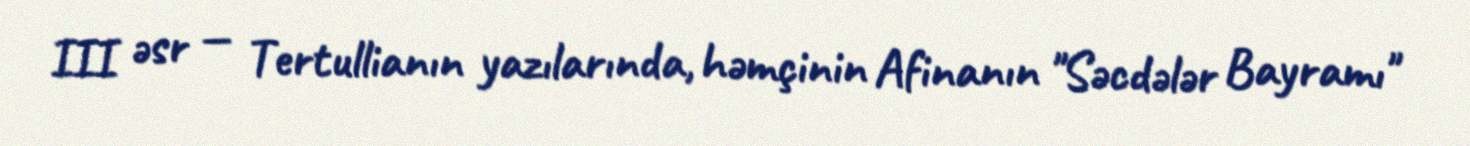
III əsr — Tertullianın yazılarında, həmçinin Afinanın "Səcdələr Bayramı"